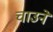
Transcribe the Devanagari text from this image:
चाउने